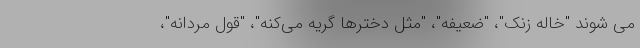
می شوند "خاله زنک"، "ضعیفه"، "مثل دخترها گریه می‌کنه"، "قول مردانه"،